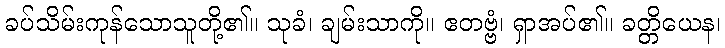
ခပ်သိမ်းကုန်သောသူတို့၏။ သုခံ၊ ချမ်းသာကို။ ဧတဗ္ဗံ၊ ရှာအပ်၏။ ခတ္တိယေန၊